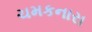
ચમકનારા